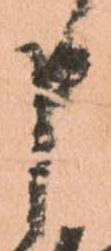
申